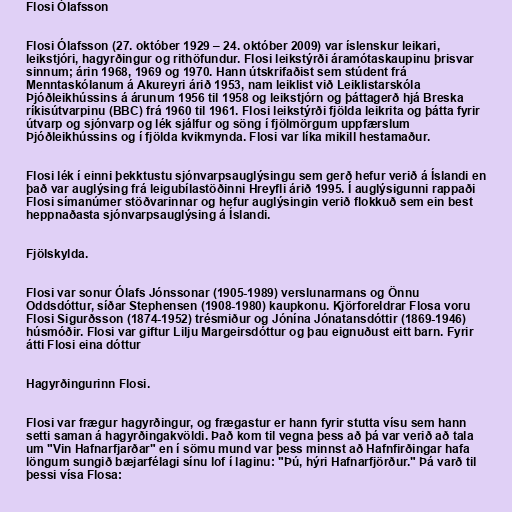
Flosi Ólafsson

Flosi Ólafsson (27. október 1929 – 24. október 2009) var íslenskur leikari,
leikstjóri, hagyrðingur og rithöfundur. Flosi leikstýrði áramótaskaupinu þrisvar
sinnum; árin 1968, 1969 og 1970. Hann útskrifaðist sem stúdent frá
Menntaskólanum á Akureyri árið 1953, nam leiklist við Leiklistarskóla
Þjóðleikhússins á árunum 1956 til 1958 og leikstjórn og þáttagerð hjá Breska
ríkisútvarpinu (BBC) frá 1960 til 1961. Flosi leikstýrði fjölda leikrita og þátta fyrir
útvarp og sjónvarp og lék sjálfur og söng í fjölmörgum uppfærslum
Þjóðleikhússins og í fjölda kvikmynda. Flosi var líka mikill hestamaður.

Flosi lék í einni þekktustu sjónvarpsauglýsingu sem gerð hefur verið á Íslandi en
það var auglýsing frá leigubílastöðinni Hreyfli árið 1995. Í auglýsigunni rappaði
Flosi símanúmer stöðvarinnar og hefur auglýsingin verið flokkuð sem ein best
heppnaðasta sjónvarpsauglýsing á Íslandi.

Fjölskylda.

Flosi var sonur Ólafs Jónssonar (1905-1989) verslunarmans og Önnu
Oddsdóttur, síðar Stephensen (1908-1980) kaupkonu. Kjörforeldrar Flosa voru
Flosi Sigurðsson (1874-1952) trésmiður og Jónína Jónatansdóttir (1869-1946)
húsmóðir. Flosi var giftur Lilju Margeirsdóttur og þau eignuðust eitt barn. Fyrir
átti Flosi eina dóttur

Hagyrðingurinn Flosi.

Flosi var frægur hagyrðingur, og frægastur er hann fyrir stutta vísu sem hann
setti saman á hagyrðingakvöldi. Það kom til vegna þess að þá var verið að tala
um "Vin Hafnarfjarðar" en í sömu mund var þess minnst að Hafnfirðingar hafa
löngum sungið bæjarfélagi sínu lof í laginu: "Þú, hýri Hafnarfjörður." Þá varð til
þessi vísa Flosa: